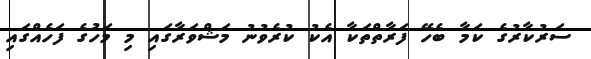
ސަރުކާރުގެ ކަމާ ބެހޭ ފަރާތްތަކާ އެކު ކުރެވުނު މަޝްވަރާގައި މި މަހުގެ ފަހެއްގައި